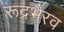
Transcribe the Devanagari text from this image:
रूद्रभैरव